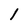
Character: 1